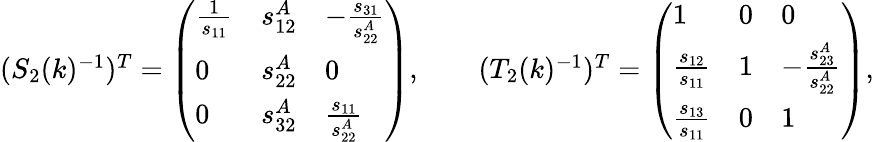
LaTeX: \begin{array}{r}{(S_{2}(k)^{-1})^{T}=\left(\begin{array}{lll}{\frac{1}{s_{11}}}&{s_{12}^{A}}&{-\frac{s_{31}}{s_{22}^{A}}}\\ {0}&{s_{22}^{A}}&{0}\\ {0}&{s_{32}^{A}}&{\frac{s_{11}}{s_{22}^{A}}}\end{array}\right),\qquad(T_{2}(k)^{-1})^{T}=\left(\begin{array}{lll}{1}&{0}&{0}\\ {\frac{s_{12}}{s_{11}}}&{1}&{-\frac{s_{23}^{A}}{s_{22}^{A}}}\\ {\frac{s_{13}}{s_{11}}}&{0}&{1}\end{array}\right),}\end{array}